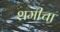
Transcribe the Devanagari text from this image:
शमीचा